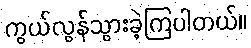
ကွယ်လွန်သွားခဲ့ကြပါတယ်။